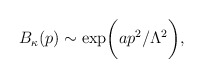
\begin{align*}B_\kappa(p)\sim\exp\biggl(ap^2/\Lambda^2\biggr),\end{align*}